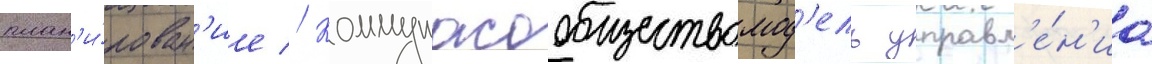
план'и́рован'ие // Коммунасообществомод'ель управл'е́н'иа